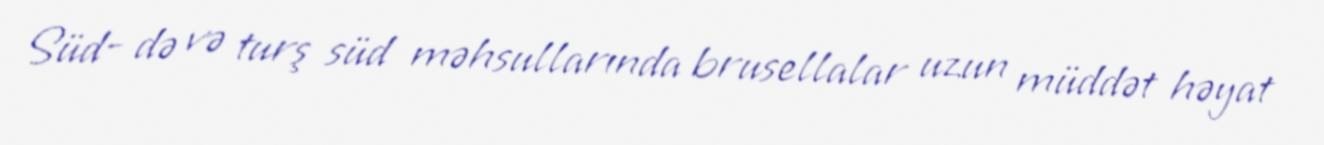
Süd- də və turş süd məhsullarında brusellalar uzun müddət həyat